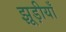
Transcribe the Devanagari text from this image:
झूड़ीयाँ